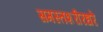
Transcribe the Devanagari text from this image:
समस्तशरीरधरे